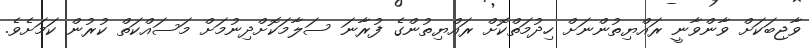
ވާޖިބަކަށް ވާންވާނީ ރައްޔިތުންނަށް ހިދުމަތްކޮށް ރައްޔިތުންގެ ފުރާނަ ސަލާމަކޮށްދިނުމަށް މަސައްކަތް ކުރުން ކަމަށެވެ.